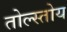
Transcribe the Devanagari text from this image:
तोल्स्तोय